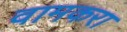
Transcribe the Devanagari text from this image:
वामकरा